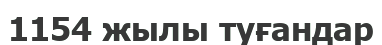
1154 жылы туғандар